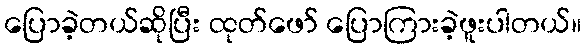
ပြောခဲ့တယ်ဆိုပြီး ထုတ်ဖော် ပြောကြားခဲ့ဖူးပါတယ်။